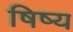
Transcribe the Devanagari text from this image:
षिष्य